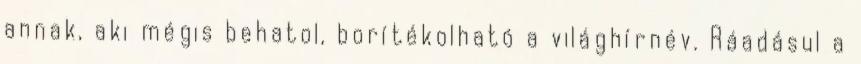
annak, aki mégis behatol, borítékolható a világhírnév. Ráadásul a